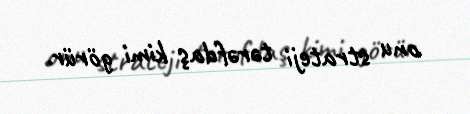
onu strateji tərəfdaş kimi görür.